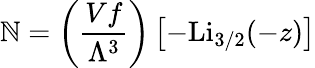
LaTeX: \mathbb{N}=\left({\frac{{Vf}}{{\Lambda^{3}}}}\right)\left[-{\textrm{{Li}}}_{3/2}(-z)\right]